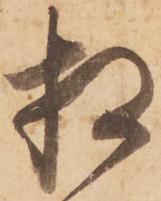
相